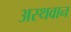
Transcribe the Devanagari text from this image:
अस्थवान